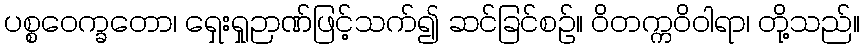
ပစ္စဝေက္ခတော၊ ရှေးရှုဉာဏ်ဖြင့်သက်၍ ဆင်ခြင်စဉ်။ ဝိတက္ကဝိဝါရာ၊ တို့သည်။